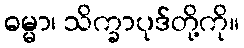
ဓမ္မာ၊ သိက္ခာပုဒ်တို့ကို။